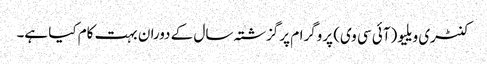
کنٹری ویلیو (آئی سی وی) پروگرام پر گزشتہ سال کے دوران بہت کام کیا ہے۔